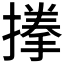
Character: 𭢐